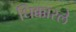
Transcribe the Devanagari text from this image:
धिक्कारले